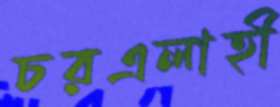
চরএলাহী